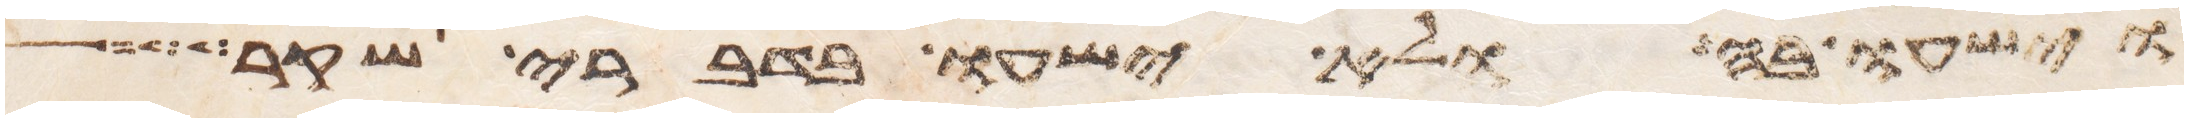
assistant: וישעו בה ולא ישעו בדברי שקר